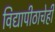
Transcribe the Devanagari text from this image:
विद्यापीठाचेही